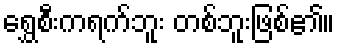
ရွှေစီးကရက်ဘူး တစ်ဘူးဖြစ်၏။